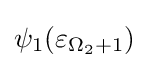
\psi _{1}(\varepsilon _{\Omega _{2}+1})